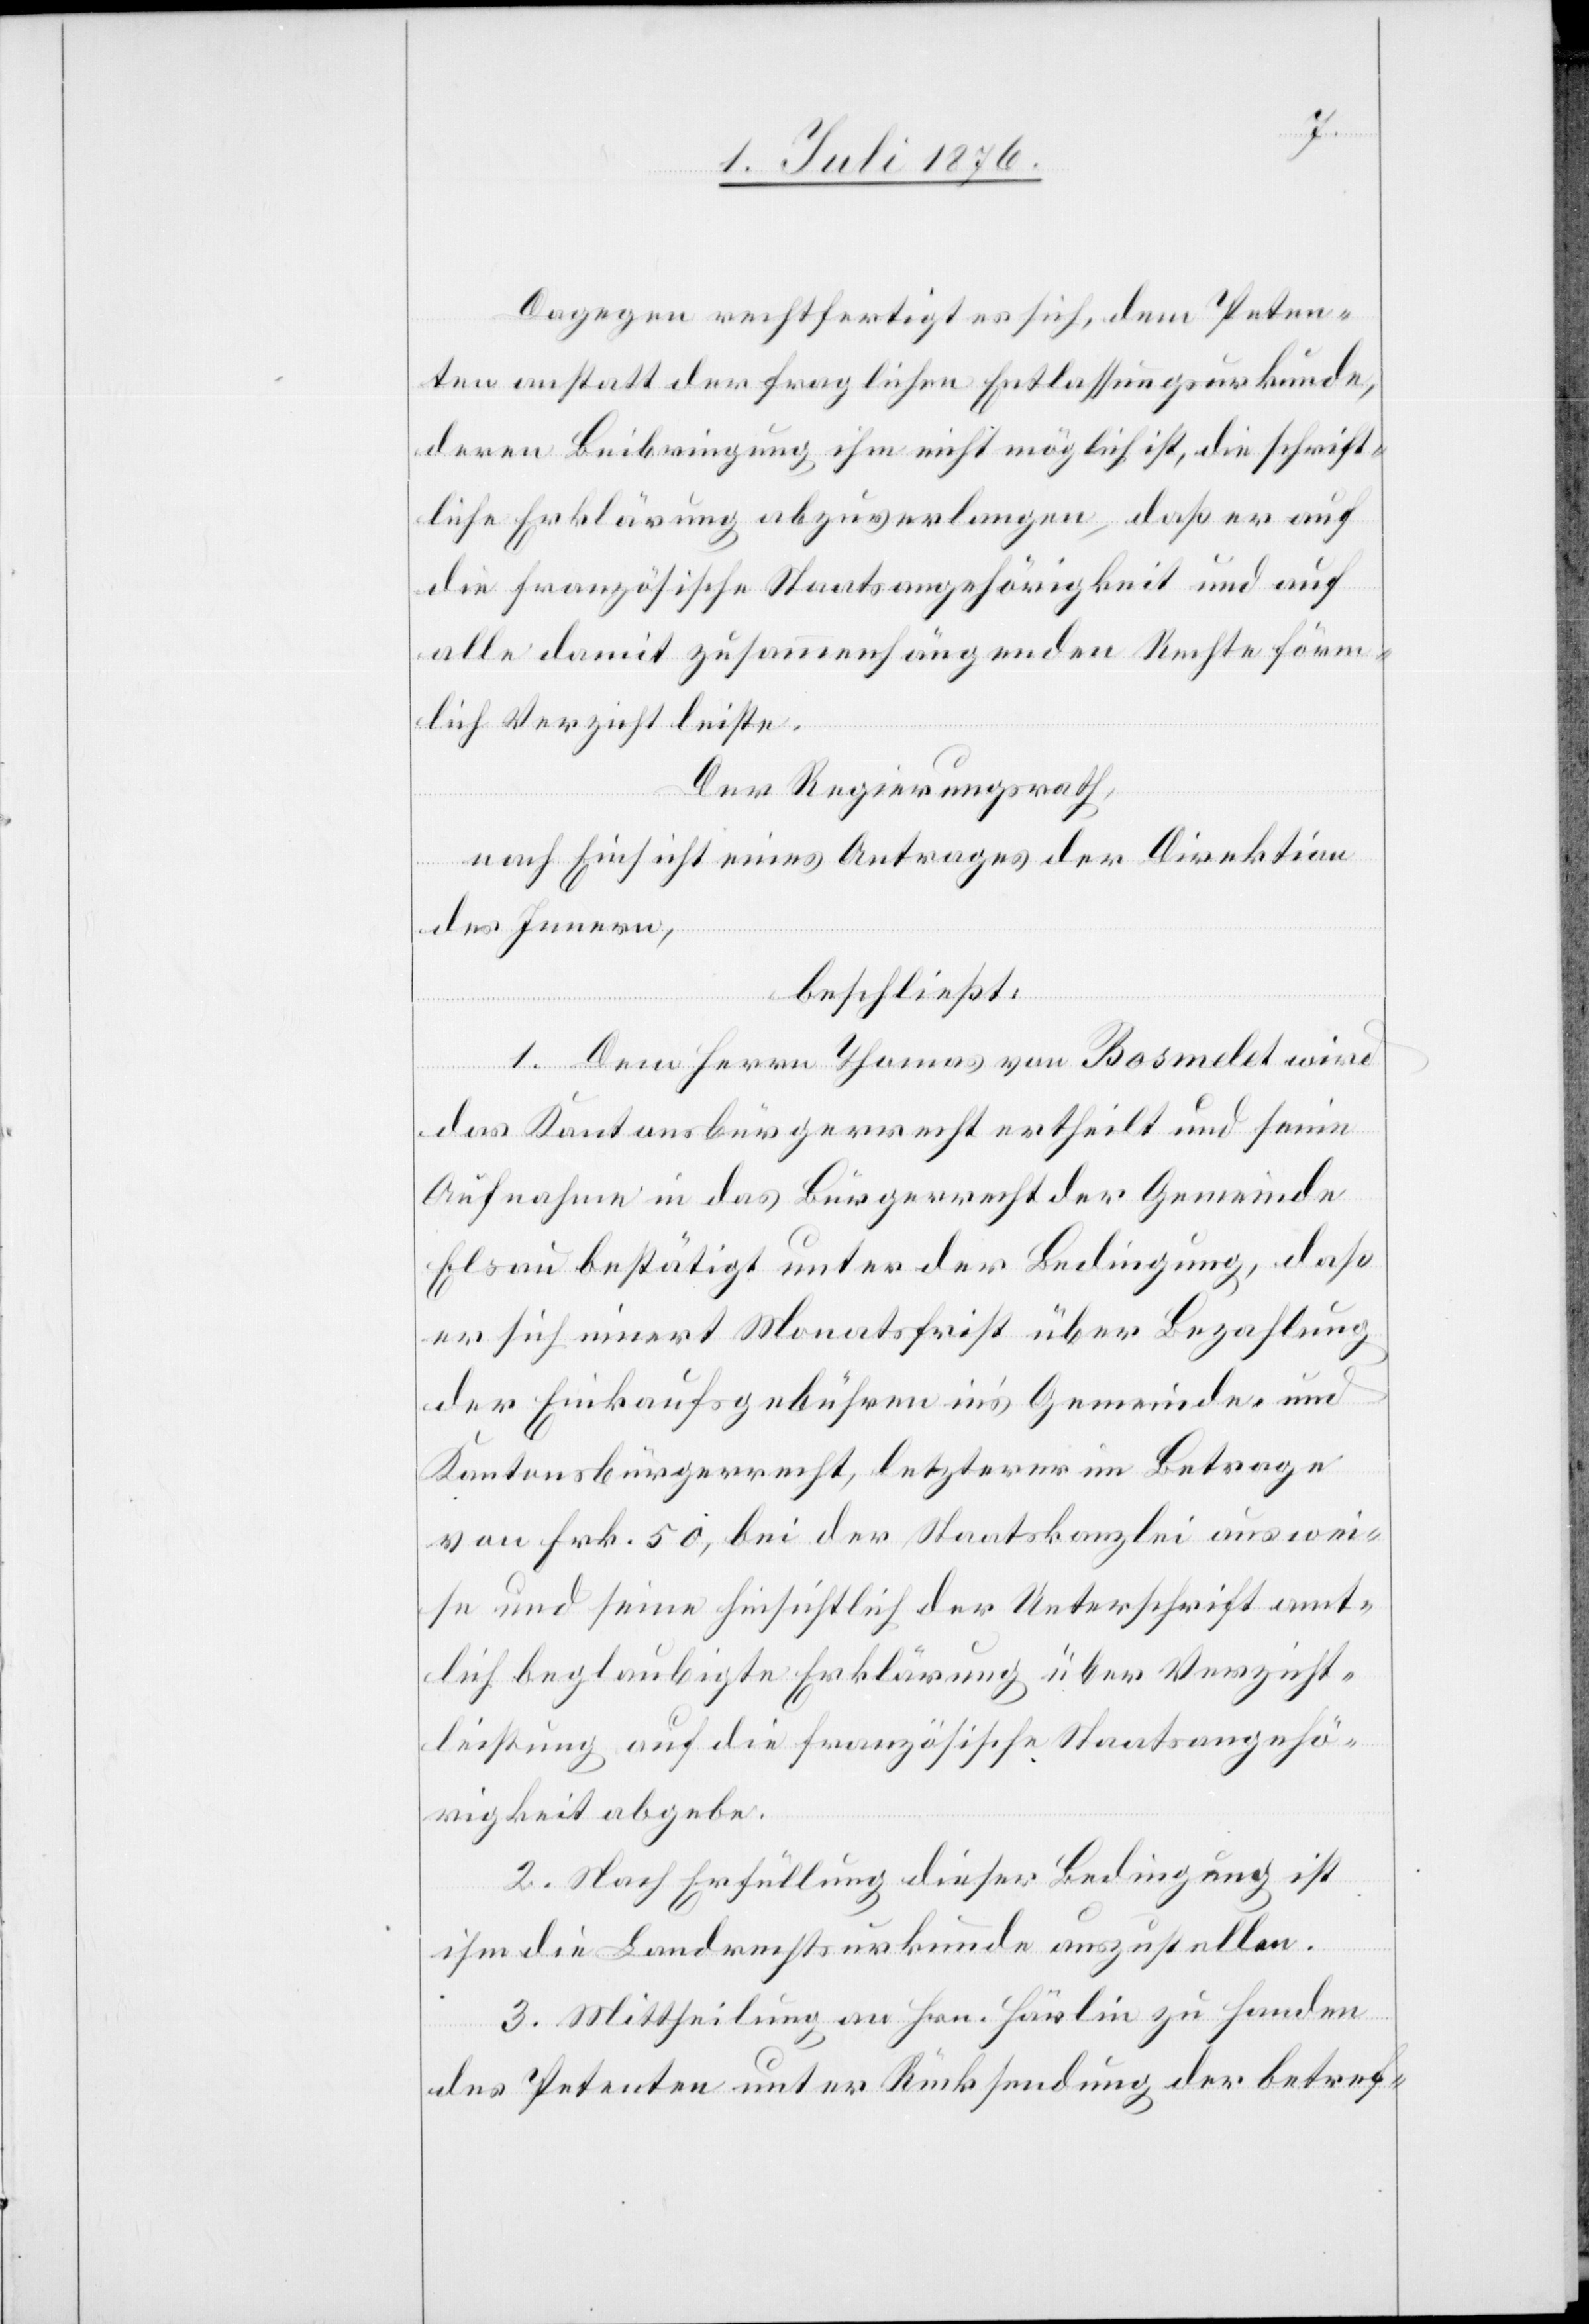
Dagegen rechtfertigt es sich, dem Peten¬
ten anstatt der fraglichen Entlassungsurkunde,
deren Beibringung ihm nicht möglich ist, die schrift¬
liche Erklärung abzuverlangen, daß er auf
die französische Staatsangehörigkeit und auf
alle damit zusammenhängenden Rechte förm¬
lich Verzicht leiste.
Der Regierungsrath,
nach Einsicht eines Antrages der Direktion
des Innern,
beschließt:
1. Dem Herrn Thomas von Bosmelet wird
das Kantonsbürgerrecht ertheilt und seine
Aufnahme in das Bürgerrecht der Gemeinde
Elsau bestätigt unter der Bedingung, daß
er sich innert Monatsfrist über Bezahlung
der Einkaufsgebühren in’s Gemeinde- und
Kantonsbürgerrecht, letzterer im Betrage
von Frk. 50, bei der Staatskanzlei auswei¬
se und seine hinsichtlich der Unterschrift amt¬
lich beglaubigte Erklärung über Verzicht¬
leistung auf die französische Staatsangehö¬
rigkeit abgebe.
2. Nach Erfüllung dieser Bedingung ist
ihm die Landrechtsurkunde auszustellen.
3. Mittheilung an Hrn. Härlin zu Handen
des Petenten unter Rücksendung der betref-